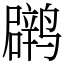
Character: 䴙